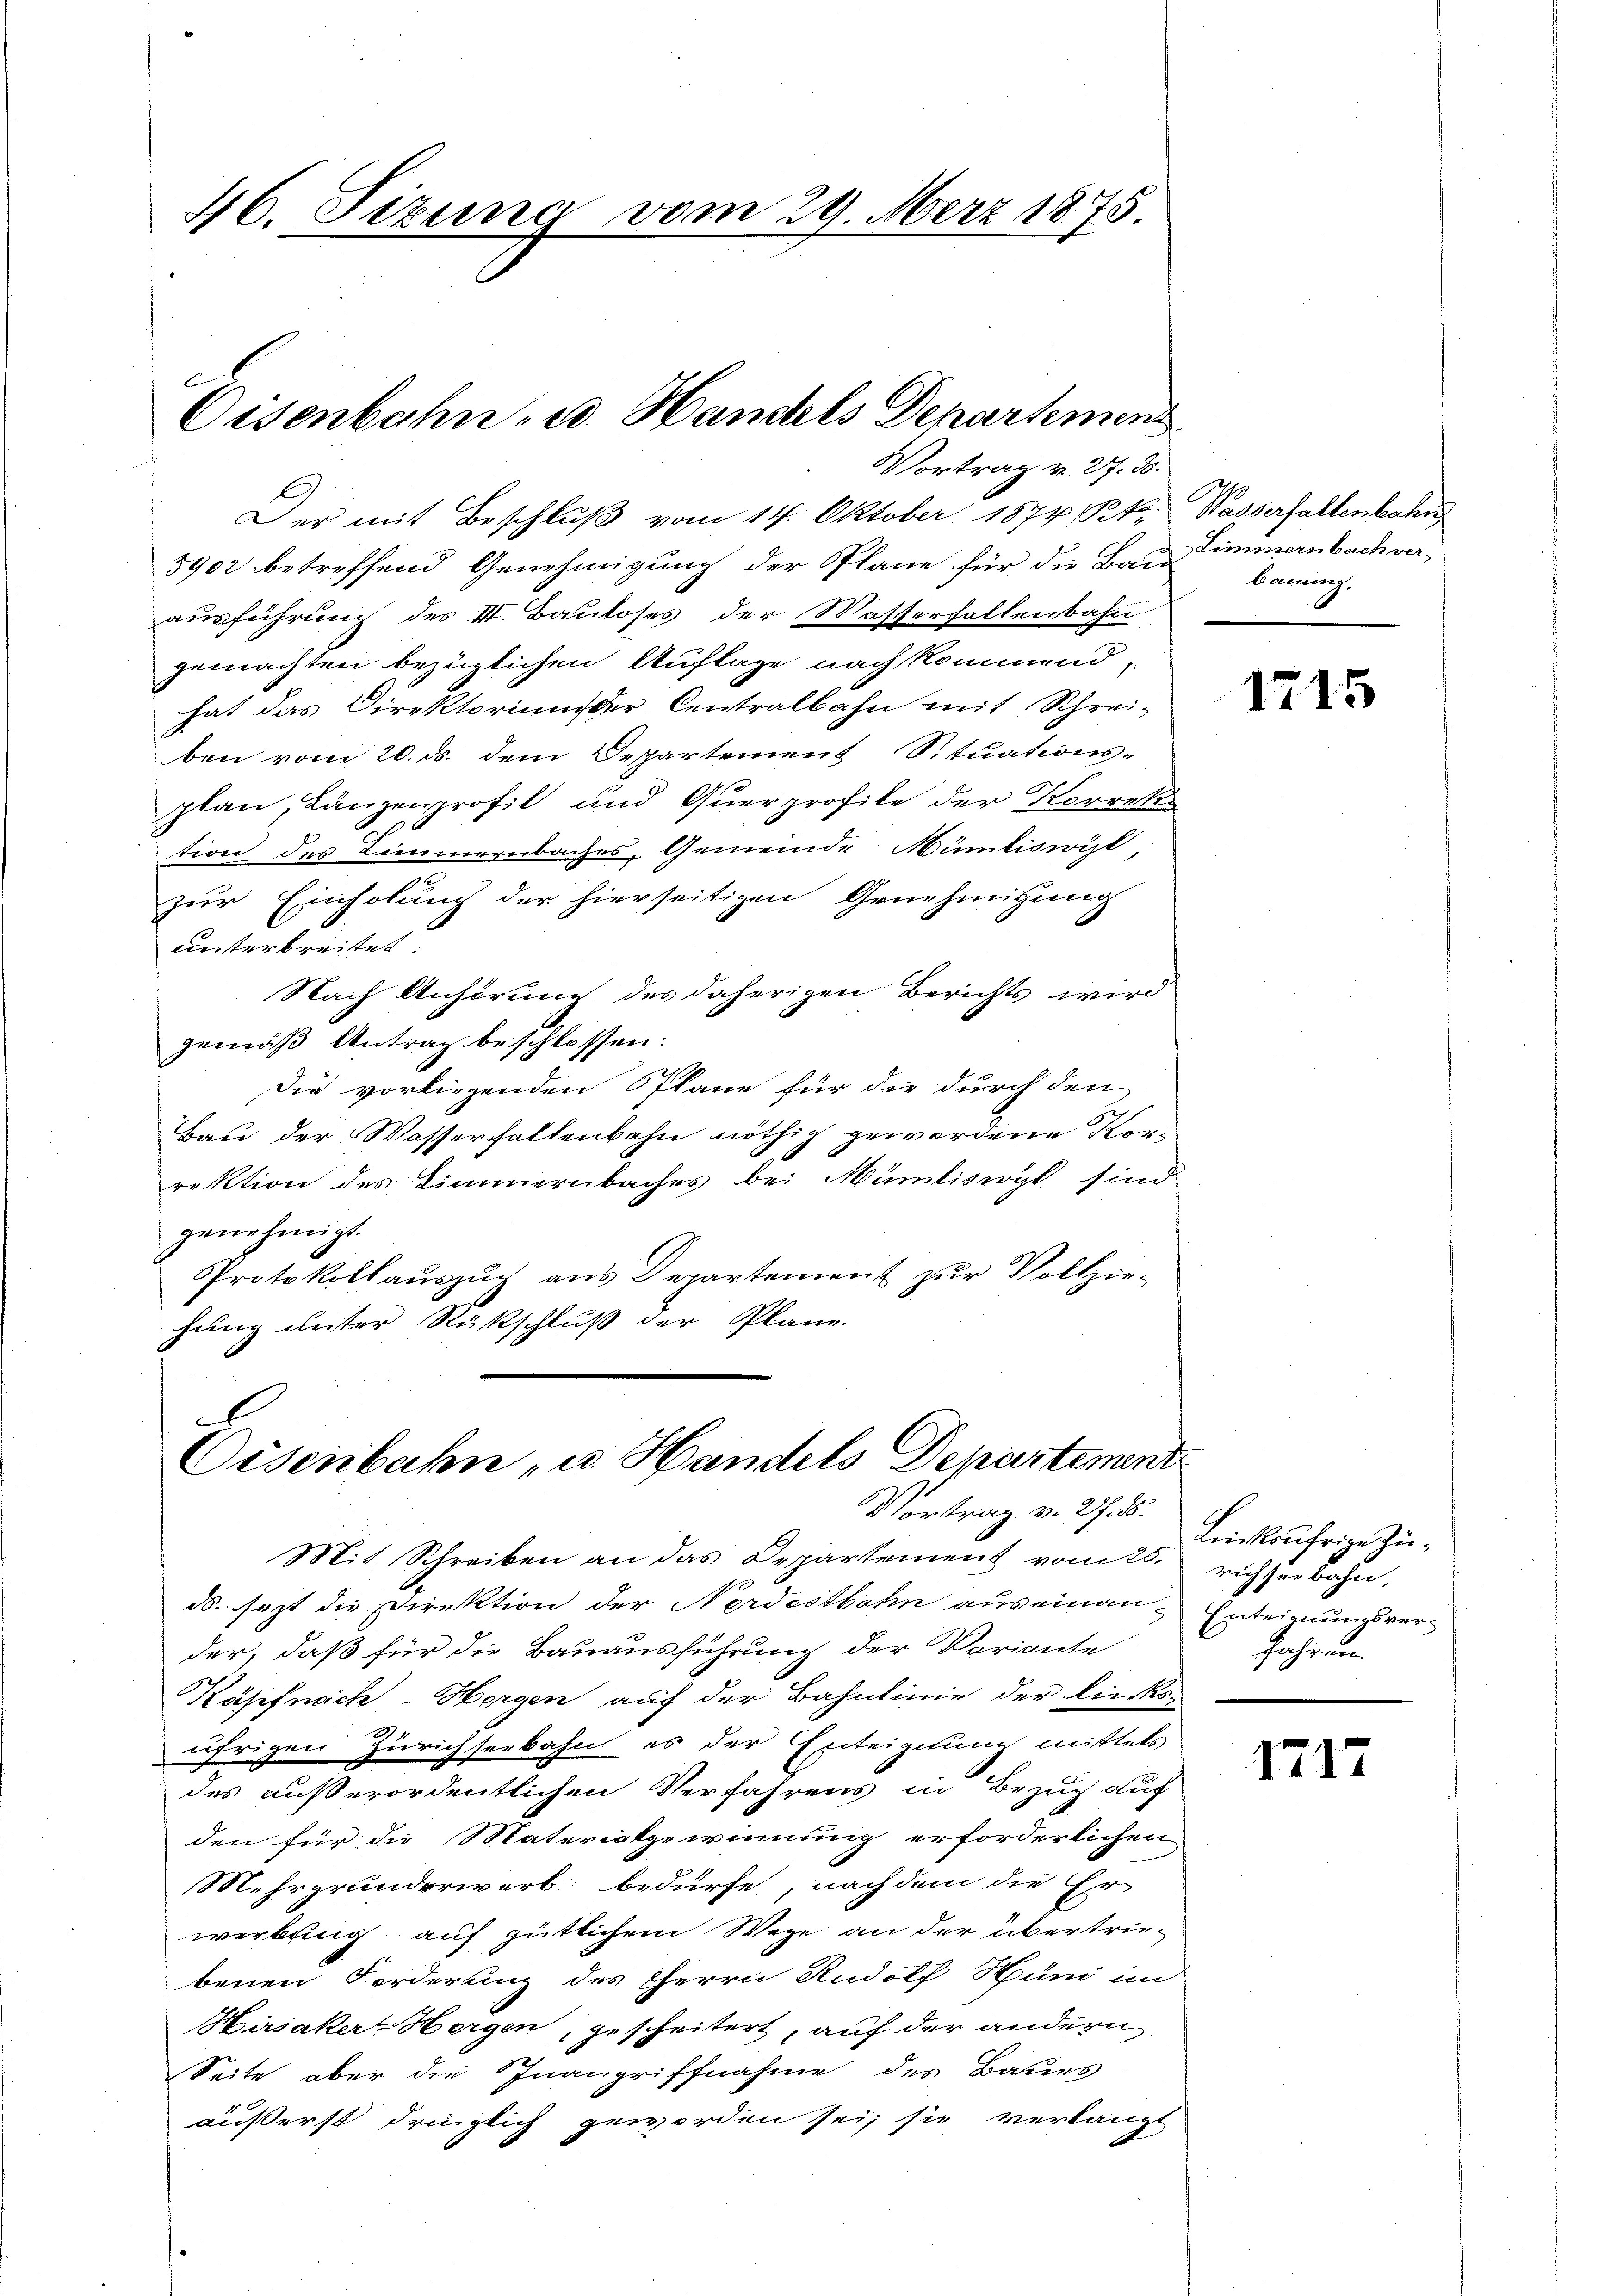
46. Sizung vom 29. März 1875.

Oisenbahn u. Handels Departemen

Der mit Beschluß vom 14. Oktober 1874 Rp.
5902 betreffend Genehmigung der Plane für die Bau Zimmernbach ver-
ausführung des III. Bauloses der Masserhaltenbahn
gemachten bezüglichen Auflage nach kommend,
hat das Direktorium der Centralbahn mit Schreiben vom 20. ds. dem Despartement Situations-
plan, Lanzenprofil und Querprofile der Korrekt
tion des Zimmernbaches, Gemeinde Humliswil,
zur Einholung der hierseitigen Genehmigung
unterbreitet.
Nach Anhörung des daherigen Berichts wird
gemäß Antrag beschlossen:
Die vorliegenden Plane für die durch den
Bau der Wasserhaltenbahn nöthig gewordene Korrektion des Zimmernbaches bei Mümliswyl sind
genehmigt.
Protokollauszug aus Departement zur Vollzie-
hung unter Rückschluß der Pläne.

l
Eisenbahn u. Handels Departement

Vortrag v. 27. d.
Mit Schreiben an das Departement vom 25. richterbahn,
ds. sezt die Direktion der Nerdestbahn auseinander, daß für die Bauausführung der Variante
Käpfnach Horgen auf der Bahnlinie der links-
äfrigen Zürichserbahn es der Enteignung mittels
des außerordentlichen Verfahrens in Bezug auf
den für die Materiatgewinnung erforderlichen
Mehrgrunderwerb bedürfe, nachdem die Er
werbsing auf gütlichem Wege an der übertrie-
benen Forderung des Herrn Rudolf Hund im
Hirsaker Hergen, gescheitert, auf der andern
Seite aber die Inangriffnahme des Baues
äußerst dringlich geworden sei, sie verlangt

Vortrag v. 27. d.

Silberhaltenbahren
bauung,

1715

Linkufrige Zu¬
Enteignungsver¬
Jahren.

1717